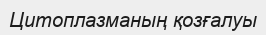
Цитоплазманың қозғалуы